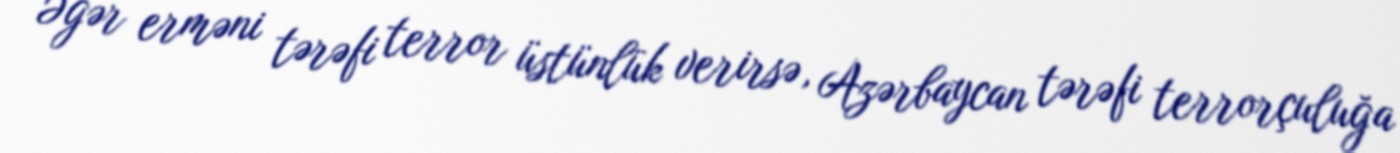
Əgər erməni tərəfi terror üstünlük verirsə, Azərbaycan tərəfi terrorçuluğa